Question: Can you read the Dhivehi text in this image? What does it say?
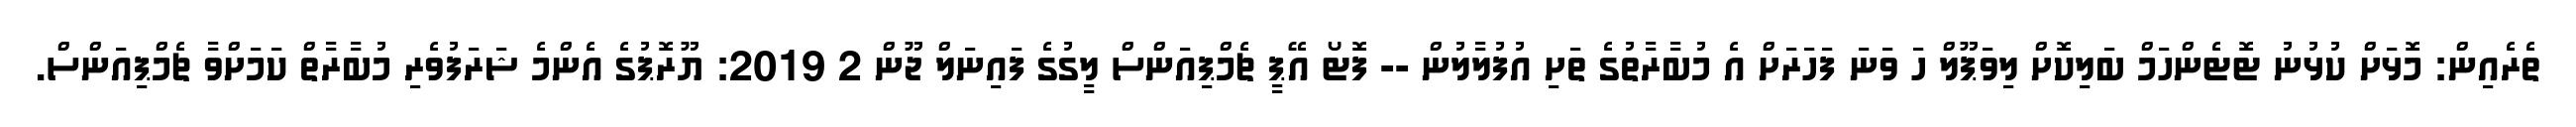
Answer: ތެރެއިން: މޮޅަށް ކުޅުނު ޓޮޓެންހަމް ބަލިކޮށް ލިވަޕޫލް ހަ ވަނަ ފަހަރަށް އެ މުބާރާތުގެ ތަށި އުފުލާލުން -- ފޮޓޯ އޭޕީ ޗެމްޕިއަންސް ލީގުގެ ފައިނަލް ޖޫން 2 2019: ޔޫރޮޕުގެ އެންމެ ޝަރަފުވެރި މުބާރާތް ކަމަށްވާ ޗެމްޕިއަންސް.